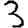
Digit: 3